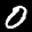
Label: 0